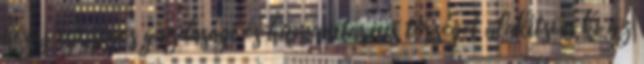
hogy egységes gazdasági és humanitárius térséget alakítson ki az